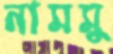
নামমু